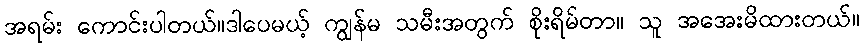
အရမ်း ကောင်းပါတယ်။ဒါပေမယ့် ကျွန်မ သမီးအတွက် စိုးရိမ်တာ။ သူ အအေးမိထားတယ်။